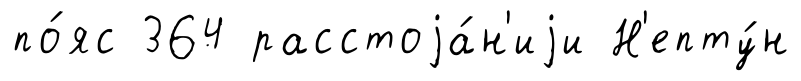
по́яс 364 расстоjа́н'иjи Н'епту́н